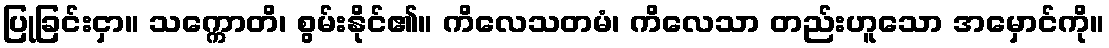
ပြုခြင်းငှာ။ သက္ကောတိ၊ စွမ်းနိုင်၏။ ကိလေသတမံ၊ ကိလေသာ တည်းဟူသော အမှောင်ကို။